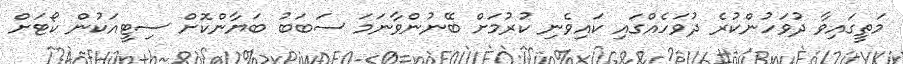
މަތީގައިވާ ދުވަހުންކުރެ ދުވަހެއްގައި ކައިވެނި ކުރުމަށް ބޭނުންވާނަމަ ސަބަބު ބަޔާންކޮށް ސިޓީއަކުން ކޯޓަށް